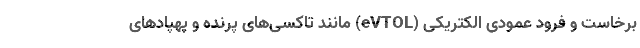
برخاست و فرود عمودی الکتریکی (eVTOL) مانند تاکسی‌های پرنده و پهپادهای